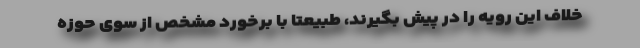
خلاف این رویه را در پیش بگیرند، طبیعتاً با برخورد مشخص از سوی حوزه